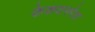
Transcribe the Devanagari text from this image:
केकयनरेश